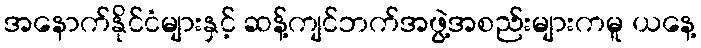
အနောက်နိုင်ငံများနှင့် ဆန့်ကျင်ဘက်အဖွဲ့အစည်းများကမူ ယနေ့